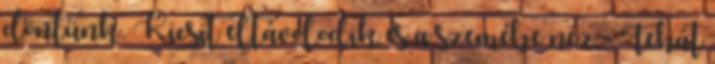
döntünk. Kicsit eltávolodik és a szemébe néz - Tehát